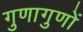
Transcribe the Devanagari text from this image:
गुणागुणों